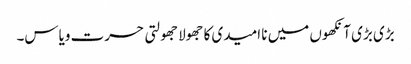
بڑی بڑی آنکھوں میں نا امیدی کا جھولا جھولتی حسرت ویاس۔